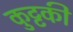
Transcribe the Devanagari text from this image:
कुट्टकी